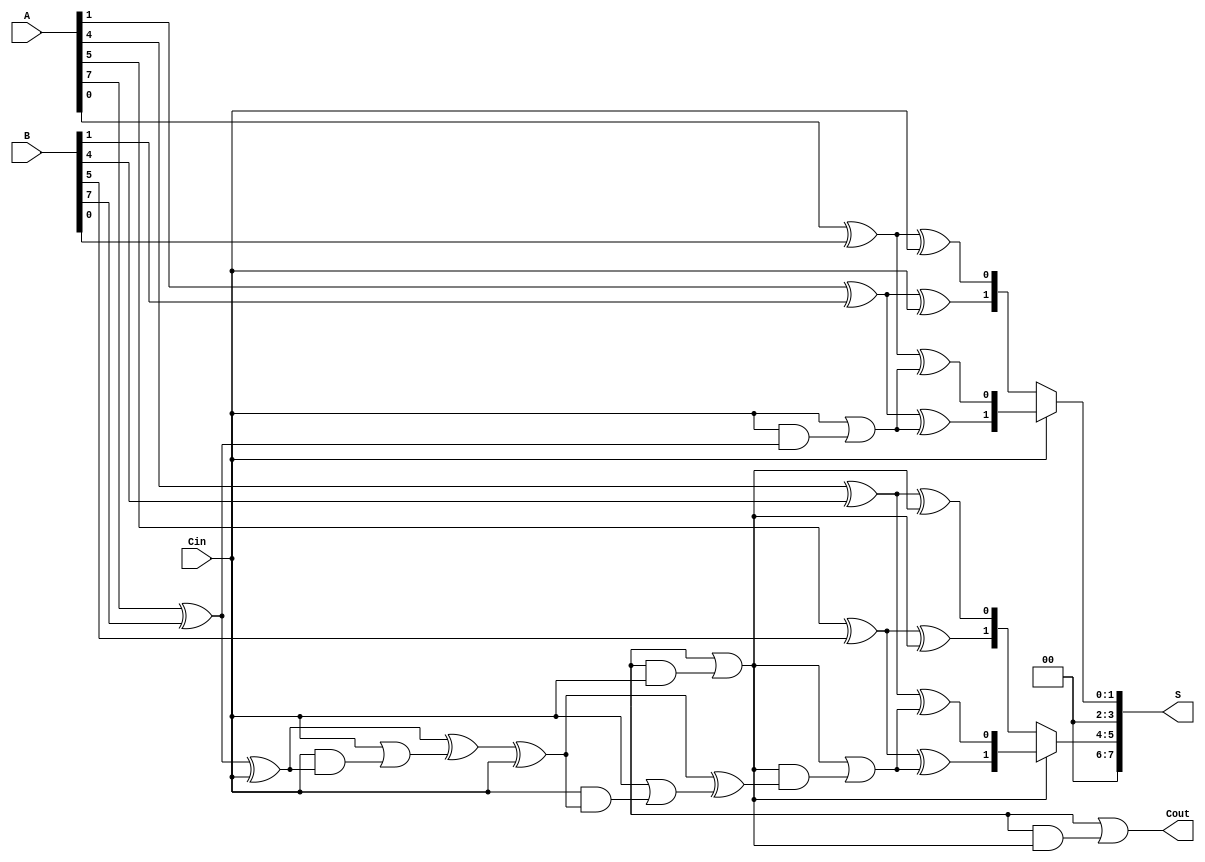
module ParallelPrefixCarrySelectAdder #(
    parameter N = 8, // total number of bits
    parameter M = 4  // segment size
) (
    input [N-1:0] A,
    input [N-1:0] B,
    input Cin,
    output [N-1:0] S,
    output Cout
);

    localparam NUM_SEGMENTS = N / M;

    // Generate and Propagate signals
    wire [NUM_SEGMENTS-1:0] G [0:M-1];
    wire [NUM_SEGMENTS-1:0] P [0:M-1];

    genvar i, j;
    generate
        for (i = 0; i < NUM_SEGMENTS; i = i + 1) begin: segment
            for (j = 0; j < M; j = j + 1) begin: bit
                assign G[i][j] = A[i*M + j] & B[i*M + j]; // Generate
                assign P[i][j] = A[i*M + j] ^ B[i*M + j]; // Propagate
            end
        end
    endgenerate

    wire [NUM_SEGMENTS:0] C; // Carry signals
    // Initial carry
    assign C[0] = Cin;

    // Carry generation using prefix logic (Kogge-Stone style)
    generate
        for (i = 0; i < NUM_SEGMENTS; i = i + 1) begin: carry_gen
            if (i == 0) begin
                assign C[i + 1] = G[i][M-1] | (P[i][M-1] & C[i]);
            end else begin
                assign C[i + 1] = G[i][M-1] | (P[i][M-1] & C[i]);
            end
        end
    endgenerate

    // Sum calculation
    wire [NUM_SEGMENTS-1:0] S0 [0:NUM_SEGMENTS-1]; // S when Cin = 0
    wire [NUM_SEGMENTS-1:0] S1 [0:NUM_SEGMENTS-1]; // S when Cin = 1
    generate
        for (i = 0; i < NUM_SEGMENTS; i = i + 1) begin: sum_calc
            for (j = 0; j < M; j = j + 1) begin: sum_bit
                assign S0[i][j] = P[i][j] ^ C[i]; // Sum when Cin = 0
                assign S1[i][j] = P[i][j] ^ (C[i] | (C[i] & G[i][M-1])); // Sum when Cin = 1
            end
        end
    endgenerate

    // Select final sums
    generate
        for (i = 0; i < NUM_SEGMENTS; i = i + 1) begin: sum_mux
            assign S[i*M +: M] = C[i] ? S1[i] : S0[i]; // Mux to select sum based on carry
        end
    endgenerate

    // Final carry-out
    assign Cout = C[NUM_SEGMENTS];

endmodule